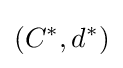
(C^{*},d^{*})